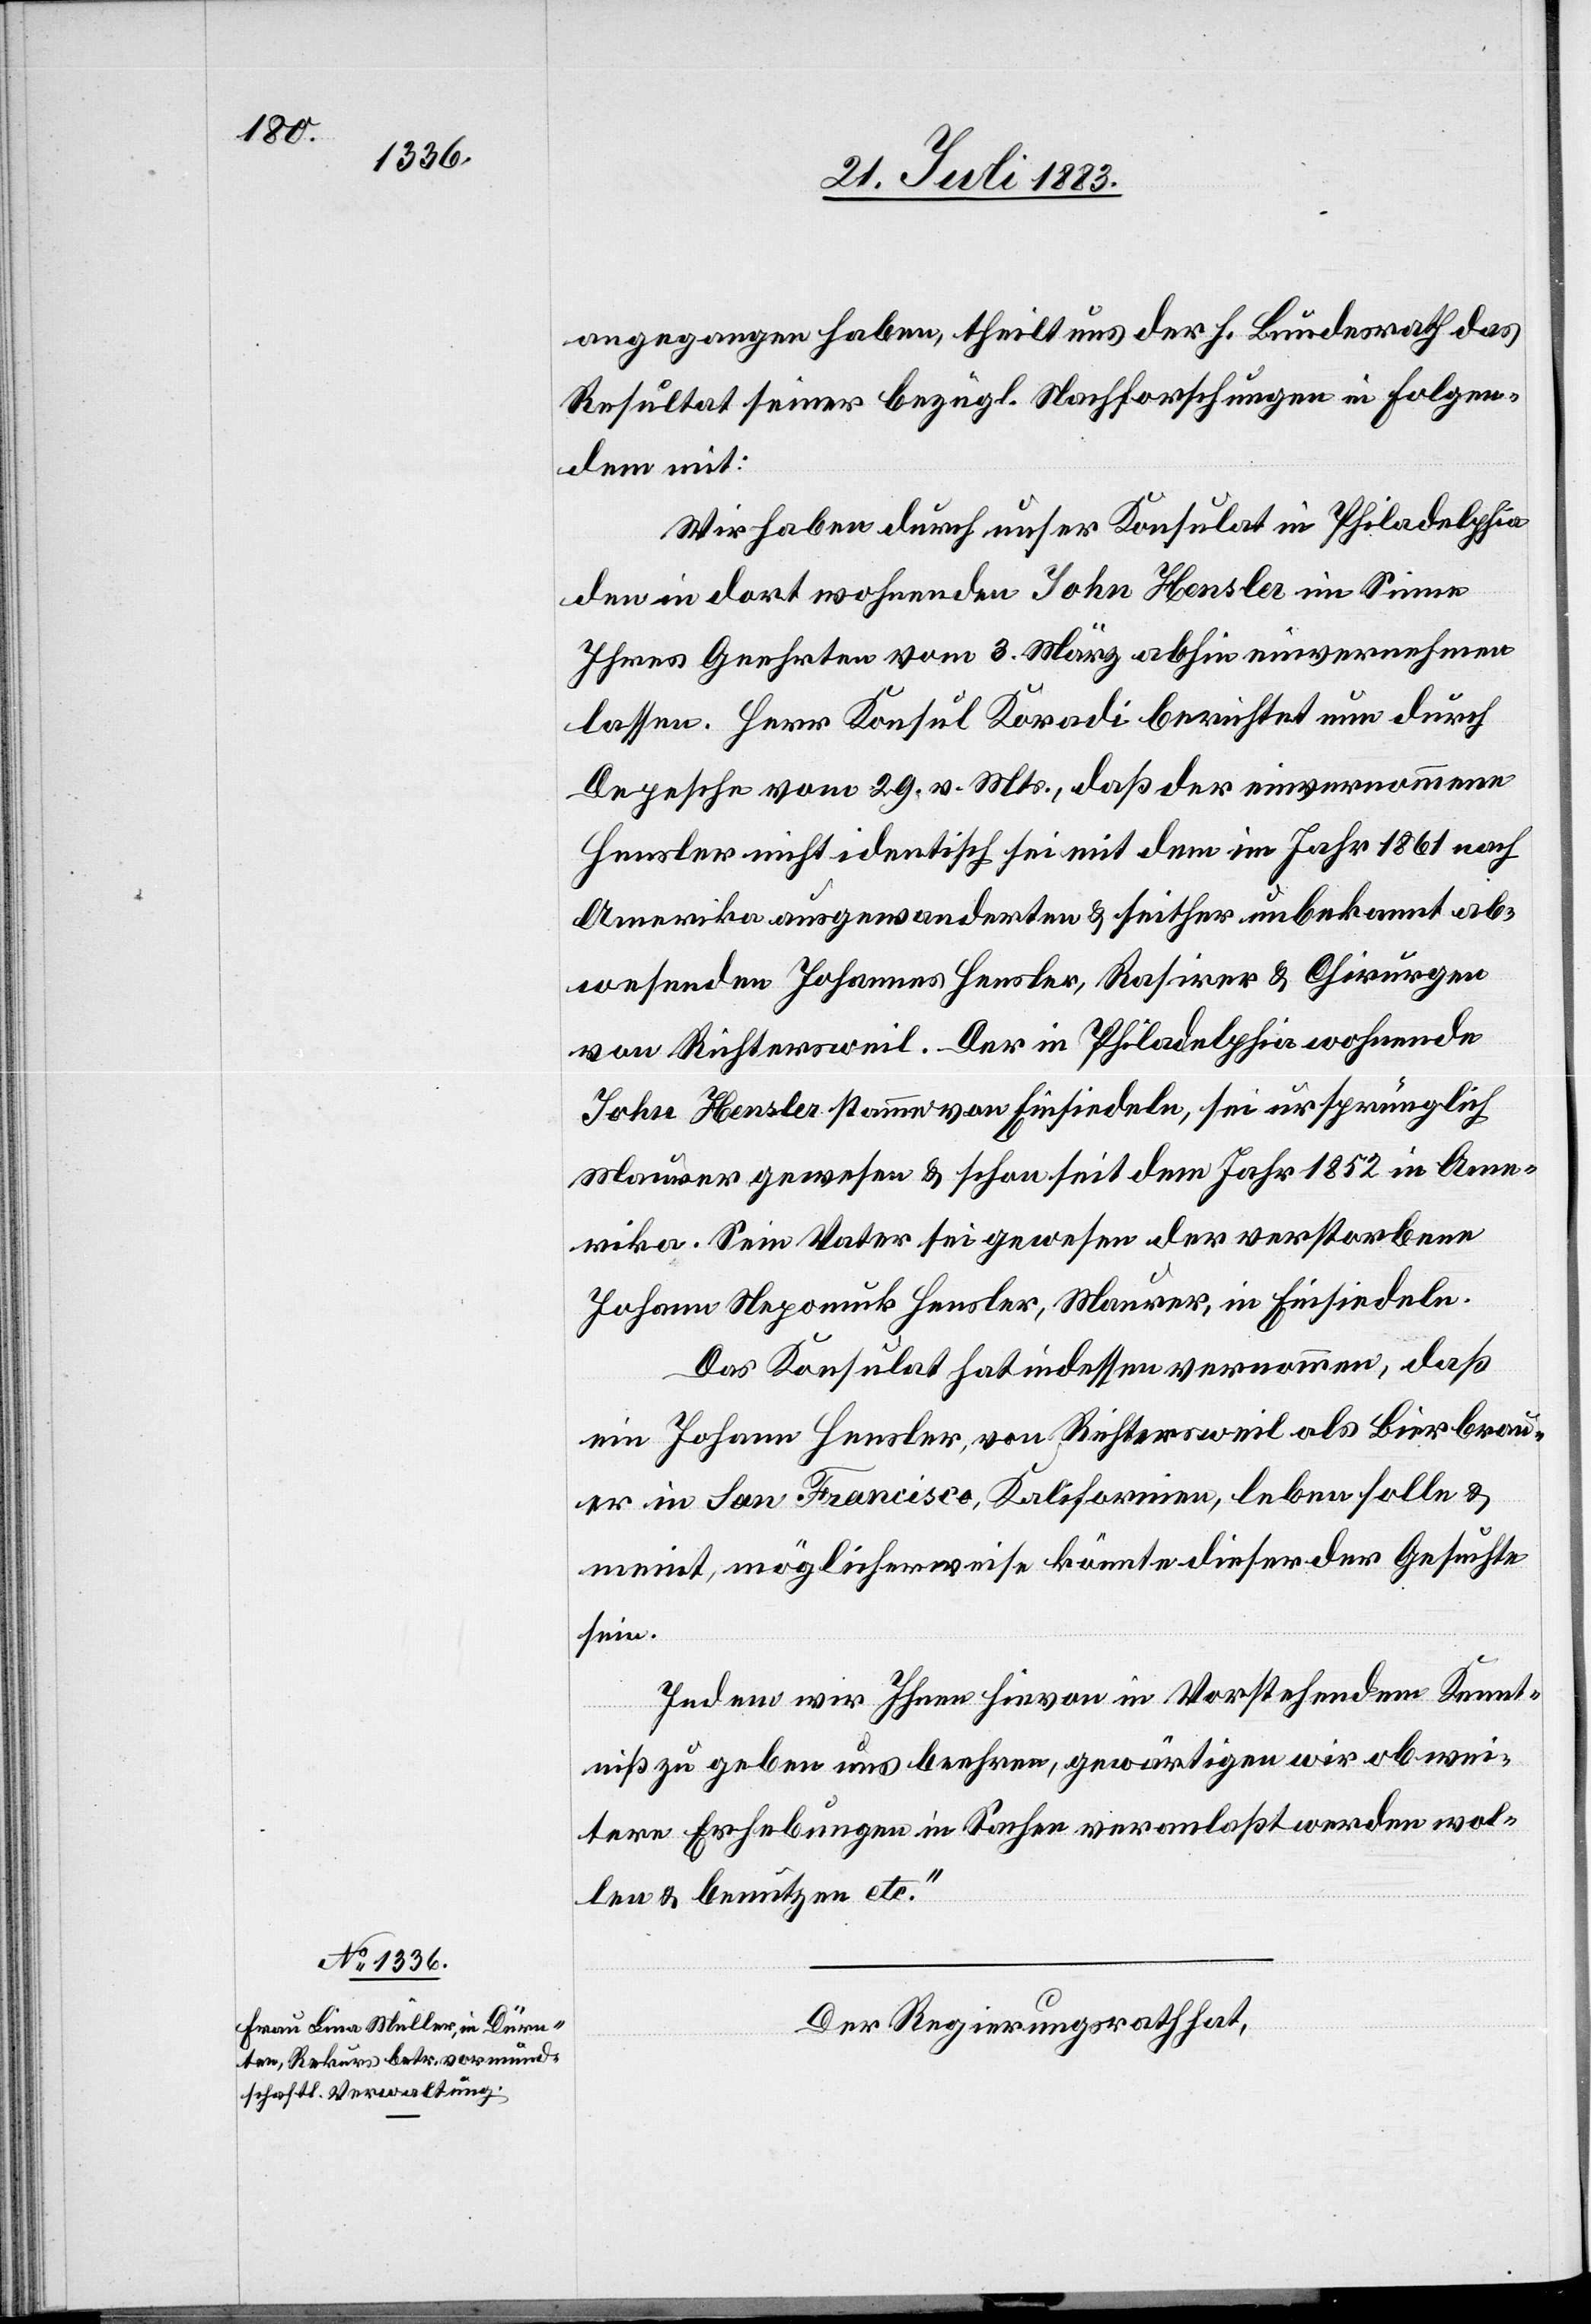
angegangen haben, theilt uns der h. Bundesrath das
Resultat seiner bezügl. Nachforschungen in Folgen¬
dem mit:
Wir haben durch unser Konsulat in Philadelphia
den in dort wohnenden John Hensler im Sinne
Ihres Geehrten vom 3. März abhin einvernehmen
lassen. Herr Konsul Koradi berichtet nun durch
Depesche vom 29. v. Mts., daß der einvernommene
Hensler nicht identisch sei mit dem im Jahr 1861 nach
Amerika ausgewanderten & seither unbekannt ab¬
wesenden Johannes Hensler, Rasirer & Chirurgen
von Richtersweil. Der in Philadelphia wohnende
John Hensler stamme von Einsiedeln, sei ursprünglich
Maurer gewesen & schon seit dem Jahr 1852 in Ame¬
rika. Sein Vater sei gewesen der verstorbene
Johann Nepomuk Hensler, Maurer, in Einsiedeln.
Das Konsulat hat indessen vernommen, daß
ein Johann Hensler, von Richtersweil als Bierbrau¬
er in San Francisco, Kalifornien, leben solle &
meint, möglicherweise könnte dieser der Gesuchte
sein.
Indem wir Ihnen hievon im Vorstehenden Kennt¬
niß zu geben uns beehren, gewärtigen wir ob wei¬
tere Erhebungen in Sachen veranlaßt werden sol¬
len & benutzen etc.“
Der Regierungsrath hat,